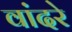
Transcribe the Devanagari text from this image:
वांदरे